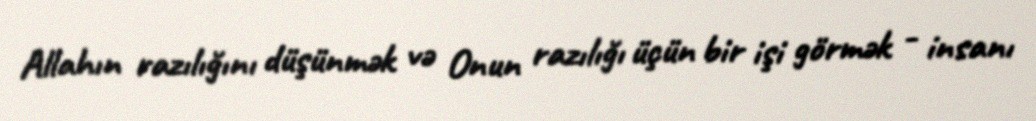
Allahın razılığını düşünmək və Onun razılığı üçün bir işi görmək - insanı